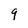
Character: 9